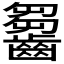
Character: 𪙗